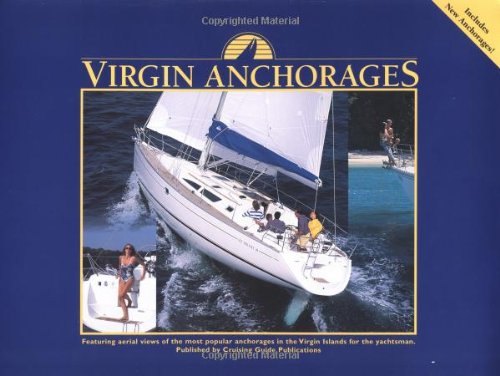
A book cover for Virgin Anchorages; Simon Scott; Travel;